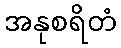
အနုစရိတံ